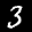
Label: 3